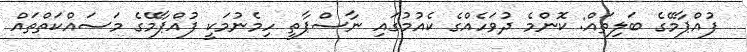
ފުއްޕާމޭގެ ބަލިތައް: ކޮންމެ ދުވަހެއްގެ ކެއުމުގައި ނާސްޕާތީ ހިމެނުމަކީ ފުއްޕާމޭގެ މަސައްކަތްތައް